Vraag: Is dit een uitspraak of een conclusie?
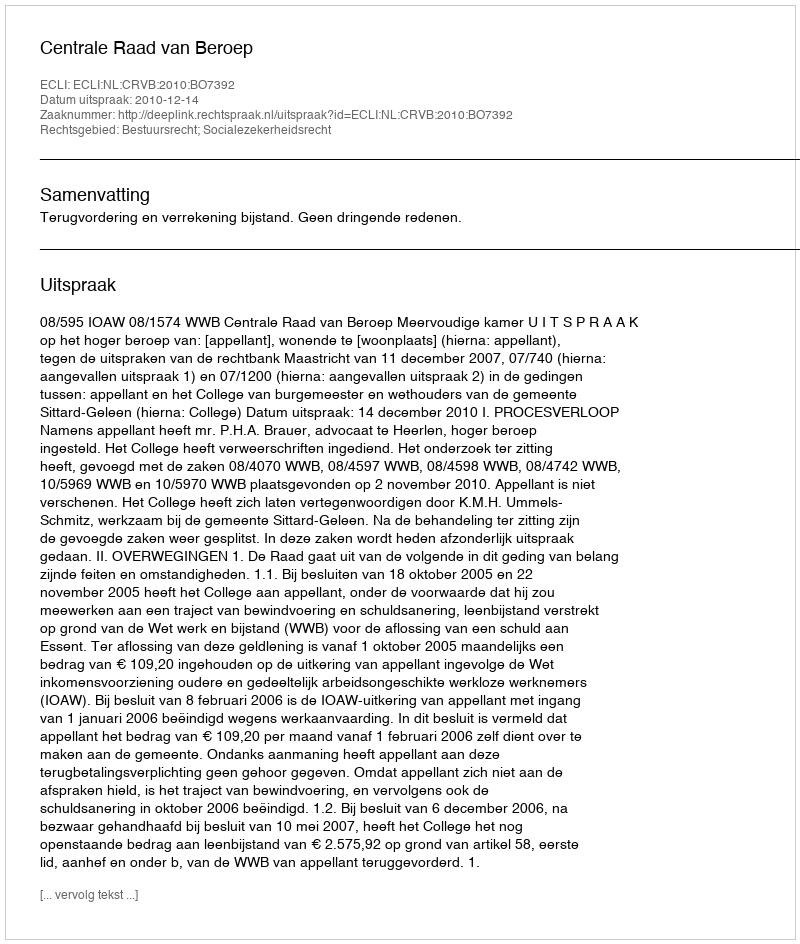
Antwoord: Uitspraak